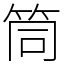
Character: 筒